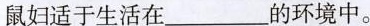
鼠妇适于生活在___的环境中。